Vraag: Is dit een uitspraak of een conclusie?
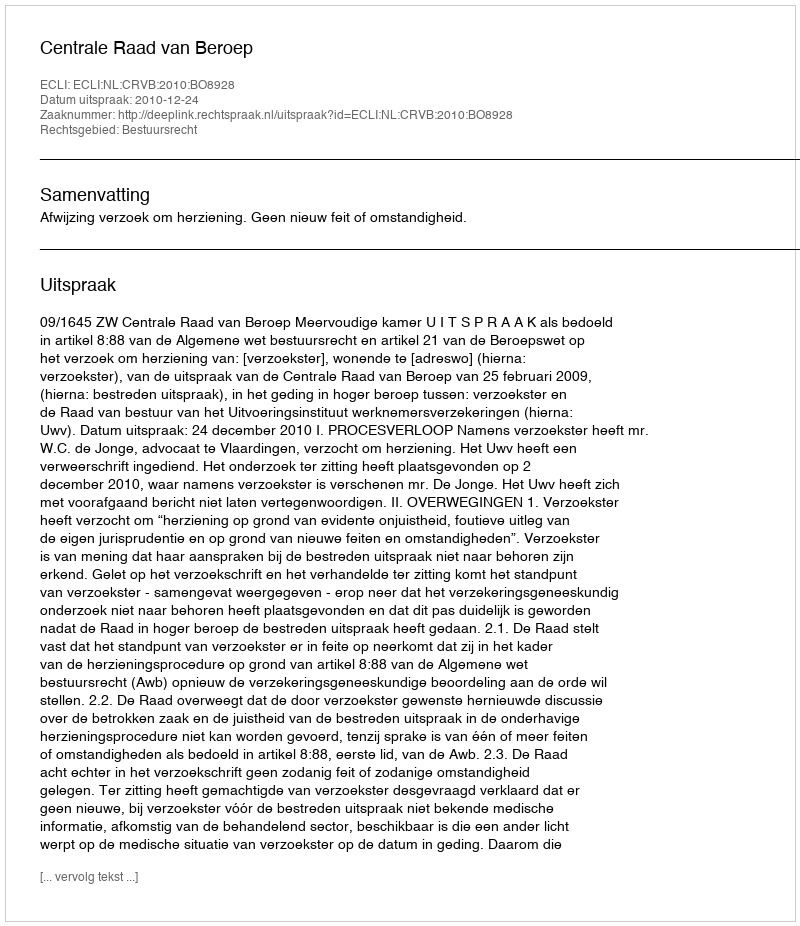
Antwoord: Uitspraak